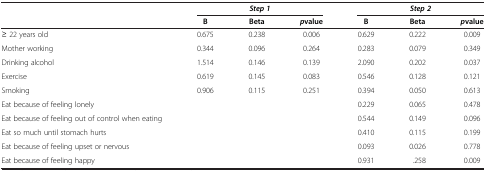
| <ROWSPAN=2>  | <COLSPAN=3> Step 1 | <COLSPAN=3> Step 2 |
 | B | Beta | pvalue | B | Beta | pvalue |
 | --- | --- | --- | --- | --- | --- | --- |
 | ≥ 22 years old | 0.675 | 0.238 | 0.006 | 0.629 | 0.222 | 0.009 |
 | Mother working | 0.344 | 0.096 | 0.264 | 0.283 | 0.079 | 0.349 |
 | Drinking alcohol | 1.514 | 0.146 | 0.139 | 2.090 | 0.202 | 0.037 |
 | Exercise | 0.619 | 0.145 | 0.083 | 0.546 | 0.128 | 0.121 |
 | Smoking | 0.906 | 0.115 | 0.251 | 0.394 | 0.050 | 0.613 |
 | Eat because of feeling lonely |  |  |  | 0.229 | 0.065 | 0.478 |
 | Eat because of feeling out of control when eating |  |  |  | 0.544 | 0.149 | 0.096 |
 | Eat so much until stomach hurts |  |  |  | 0.410 | 0.115 | 0.199 |
 | Eat because of feeling upset or nervous |  |  |  | 0.093 | 0.026 | 0.778 |
 | Eat because of feeling happy |  |  |  | 0.931 | .258 | 0.009 |